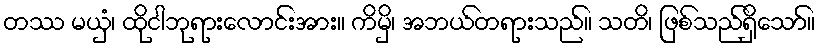
တဿ မယှံ၊ ထိုငါဘုရားလောင်းအား။ ကိမှိ၊ အဘယ်တရားသည်။ သတိ၊ ဖြစ်သည်ရှိသော်။